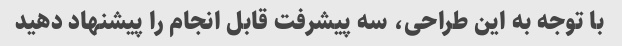
با توجه به این طراحی، سه پیشرفت قابل انجام را پیشنهاد دهید